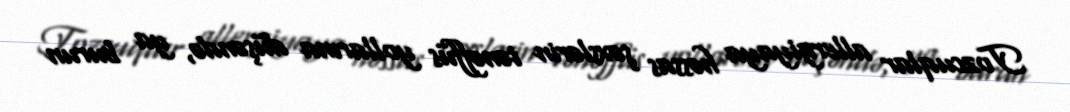
Tozcuqlar allergiyaya həssas şəxslərin tənəffüs yollarına düşəndə, ya burun